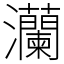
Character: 灡